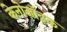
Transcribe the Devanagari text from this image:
केनोज़ॉइक